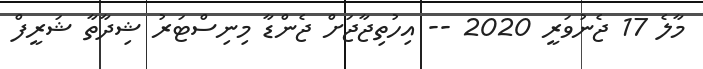
މާލެ 17 ޖެނުވަރީ 2020 -- އިހުތިޖާޖަށް ޖެންޑާ މިނިސްޓަރު ޝިދާތާ ޝަރީފް